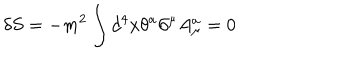
\delta S = - m ^ { 2 } \int d ^ { 4 } x \theta ^ { a } \partial ^ { \mu } A _ { \mu } ^ { a } = 0